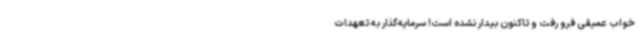
خواب عمیقی فرو رفت و تاکنون بیدار نشده است! سرمایه‌گذار به تعهدات